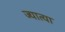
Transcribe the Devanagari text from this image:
ज्यात्या